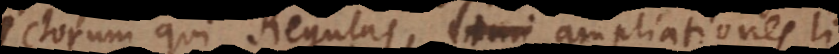
ultorum qui Regulas, ampliationes, li